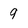
Character: 9